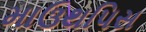
માઉથપિસ